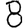
Digit: 8